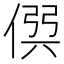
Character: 𠊨